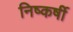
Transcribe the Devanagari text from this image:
निष्कर्षी